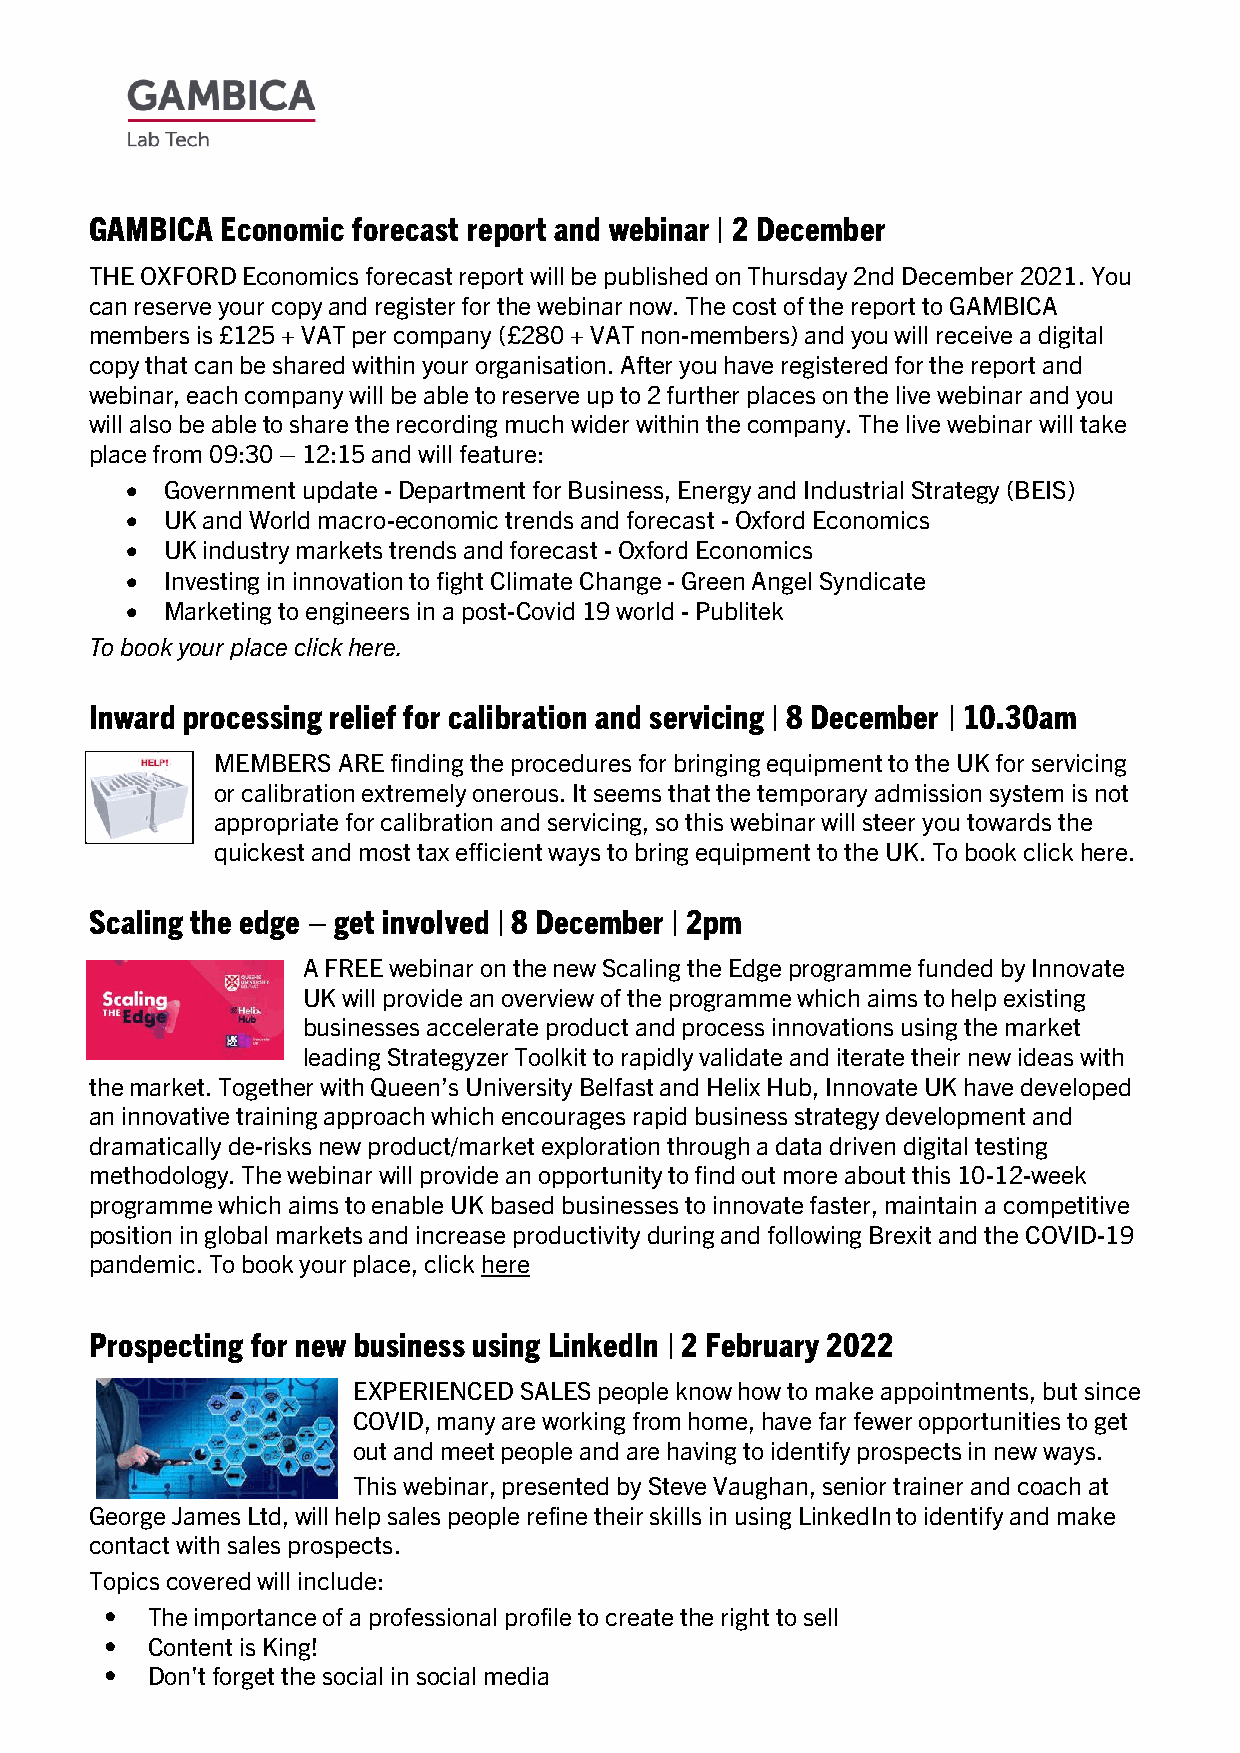
GAMBICA  Economic forecast report and webinar | 2 December
 THE OXFORD Economics forecast report will be published on Thursday 2nd December 2021. You
 can reserve your copy and register for the webinar now. The cost of the report to GAMBICA
 members is £125 + VAT per company (£280 + VAT non-members) and you will receive a digital
 copy that can be shared within your organisation. After you have registered for the report and
 webinar, each company will be able to reserve up to 2 further places on the live webinar and you
 will also be able to share the recording much wider within the company. The live webinar will take
 place from 09:30 – 12:15 and will feature:
 •  Government update - Department for Business, Energy and Industrial Strategy (BEIS)
 •  UK and World macro-economic trends and forecast - Oxford Economics
 •  UK industry markets trends and forecast - Oxford Economics
 •  Investing in innovation to fight Climate Change - Green Angel Syndicate
 •  Marketing to engineers in a post-Covid 19 world - Publitek
 To book your place click here.
 Inward processing relief for calibration and servicing | 8 December | 10.30am
 MEMBERS ARE finding the procedures for bringing equipment to the UK for servicing
 or calibration extremely onerous. It seems that the temporary admission system is not
 appropriate for calibration and servicing, so this webinar will steer you towards the
 quickest and most tax efficient ways to bring equipment to the UK. To book click here.
 Scaling the edge – get involved | 8 December | 2pm
 A FREE webinar on the new Scaling the Edge programme funded by Innovate
 UK will provide an overview of the programme which aims to help existing
 businesses accelerate product and process innovations using the market
 leading Strategyzer Toolkit to rapidly validate and iterate their new ideas with
 the market. Together with Queen’s University Belfast and Helix Hub, Innovate UK have developed
 an innovative training approach which encourages rapid business strategy development and
 dramatically de-risks new product/market exploration through a data driven digital testing
 methodology. The webinar will provide an opportunity to find out more about this 10-12-week
 programme which aims to enable UK based businesses to innovate faster, maintain a competitive
 position in global markets and increase productivity during and following Brexit and the COVID-19
 pandemic. To book your place, click here
 Prospecting for new business using LinkedIn | 2 February 2022
 EXPERIENCED SALES people know how to make appointments, but since
 COVID, many are working from home, have far fewer opportunities to get
 out and meet people and are having to identify prospects in new ways.
 This webinar, presented by Steve Vaughan, senior trainer and coach at
 George James Ltd, will help sales people refine their skills in using LinkedIn to identify and make
 contact with sales prospects.
 Topics covered will include:
 •  The importance of a professional profile to create the right to sell
 •  Content is King!
 •  Don't forget the social in social media